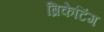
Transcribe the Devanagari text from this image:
ब्रिकेटिंग